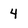
Character: 4